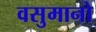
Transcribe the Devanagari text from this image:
वसुमानो